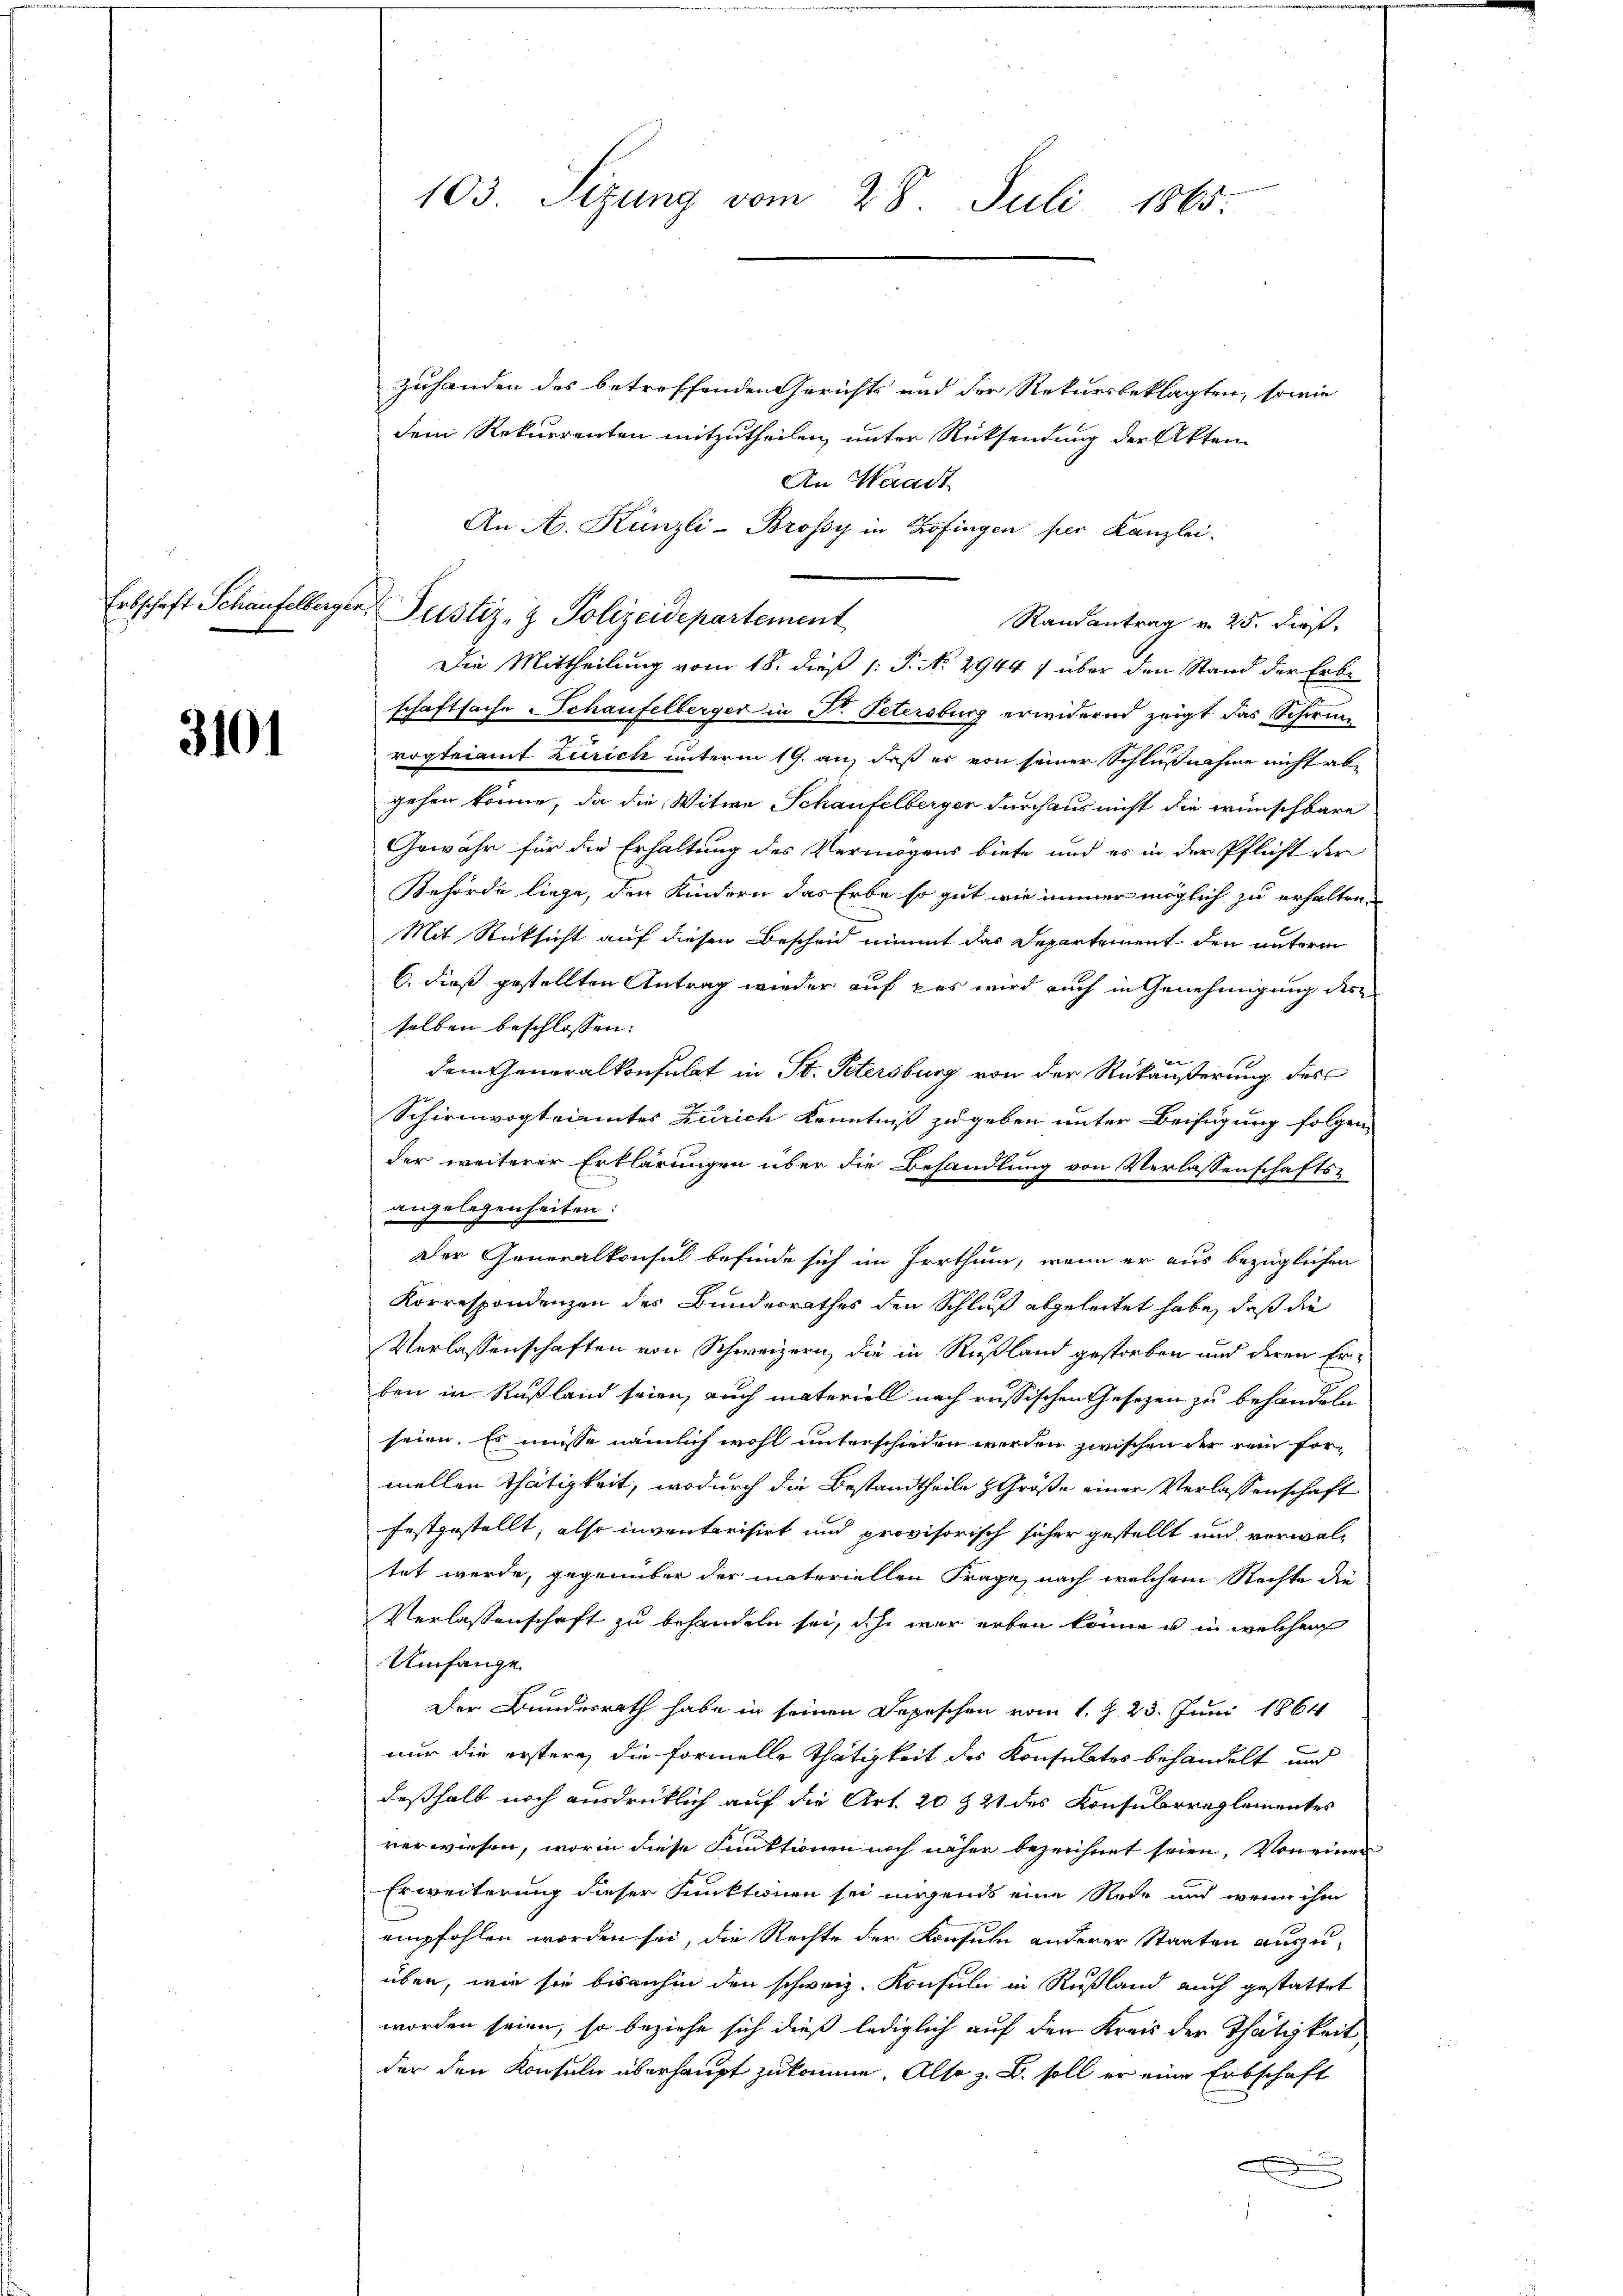
3101

zuhanden des betreffenden Gerichts und der Rekursbeklagten, sowie
dem Rekurrenten mitzutheilen, unter Rücksendung der Akten
An Waadt
An A. Künzli-Broßy in Zofingen per Kanzlei.
Randantrag v. 25. dies
Die Mittheilung vom 18. dieß 1: P. No 2944 / über den Stand der Erbe
schaftsache Schaufelberger in Dr. Petersburg erwidernd zeigt das Schwun
vogteiamt Zürich unterm 19. an, daß er von seiner Schlußnahme nicht abgehen könne, da die Witwe Schaufelberger durchaus nicht die wünschbare
Gewähr für die Erhaltung des Vermögens biete und es in der Pflicht der
Behörde liege, den Kindern das Erbe so gut wie immer möglich zu erhalten.
Mit Rücksicht auf diesen Bescheid nimmt das Departement den unterm
6. dieß gestellten Antrag wieder auf das wird auch in Genehmigung des
selben beschlossen:
dem Generalkonsulat in St. Petersburg von der Rückäußerung des
Schirmvogteiamtes Zürich Kenntniß zu geben unter Beifügung folgen
der weiterer Erklärungen über die Behandlung von Verlassenschafts-
angelegenheiten:
Der Generalkonsul befinde sich im Irrthum, wenn er aus bezüglichen
Korrespondenzen des Bundesrathes den Schluß abgeleitet habe, daß die
Verlassenschaften von Schweizern, die in Rußland gestorben und deren Erben in Rußland seien, auch materiell nach russischen Gesetzen zu behandeln
seien. Es müsse nämlich wohl unterschieden werden zwischen der rein formellen Thätigkeit, wodurch die Bestandtheile Größe einer Verlassenschaft
festgestellt, also inventarisirt und provisorisch sicher gestellt und verwaltet werde, gegenüber der materiellen Frage, nach welchem Rechte die
Verlassenschaft zu behandeln sei, ich war erben könne u in welchem
Umfange
Der Bundesrath habe in seinen Depeschen vom 1. J. 23. Juni 1864
nur die erstere, die Formelle Thätigkeit des Konsulates behandelt, und
deßhalb noch ausdrücklich auf die Art. 20 t 21 des Konsulrreglementes
verwiesen, worin diese Funktionen noch näher bezeichnet seien. Von einer
Erweiterung dieser Funktionen sei nirgends eine Rede und wenn ihm
empfohlen worden sei, die Rechte der Konsuln anderer Staaten auszuüber, wie sie bisanhin den schweiz. Konsula in Rußland auch gestattet
worden seien, so beziehe sich dieß lediglich auf den Kreis der Thätigkeit
der den Konsuln überhaupt zukomme. Also z. B. soll er eine Erbschaft

103. Sizung vom 28. Juli 1865.

Erbschaft Schaufelberger, Pustiz- & Polizeidepartement